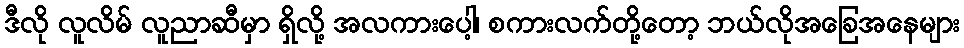
ဒီလို လူလိမ် လူညာဆီမှာ ရှိလို့ အလကားပေါ့၊ စကားလက်တို့တော့ ဘယ်လိုအခြေအနေများ